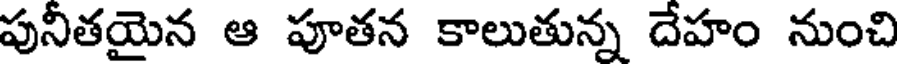
పునీతయైన ఆ పూతన కాలుతున్న దేహం నుంచి